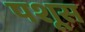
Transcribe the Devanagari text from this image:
पशूस